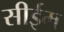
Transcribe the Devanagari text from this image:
सीईम